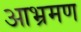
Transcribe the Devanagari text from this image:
आभ्रमण